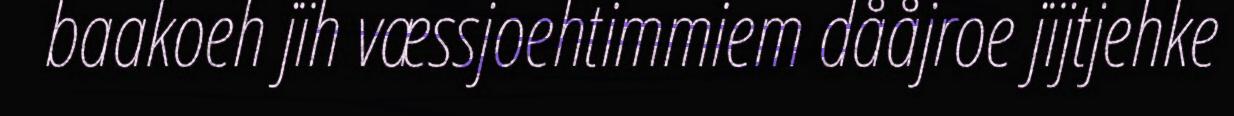
baakoeh jïh væssjoehtimmiem dååjroe jïjtjehke